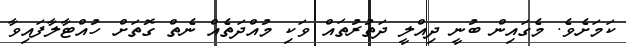
ކަމަށެވެ. މެގައިން ބުނީ ދިއްލީ ދަތުރުތައް ވަކި މުއްދަތެއް ނެތް ގޮތަށް ހުއްޓާލާފައިވާ